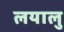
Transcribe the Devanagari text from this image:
लयालु